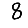
Digit: 8